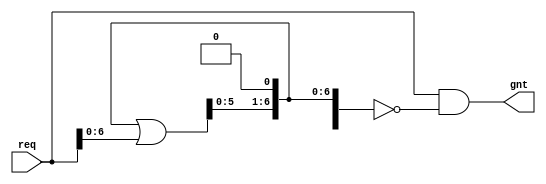

// despription  : a fixed priority arbiter
// input        : each bit of the input req is a request
// output       : a one-hot-vector wire gnt
// rules        : the lowest bit has the highest priority

module Arbiter_Fixed_priority 
#(
  parameter REQ_WIDTH = 8
)
(
  input   [REQ_WIDTH-1:0] req,
  output  [REQ_WIDTH-1:0] gnt
);

wire [REQ_WIDTH-1:0] pre_req;

// this makes a mask: the bits higher than the lowest bit are all 1, and others are 0
assign pre_req[0] = 1'b0;
assign pre_req[REQ_WIDTH-1:1] = pre_req[REQ_WIDTH-2:0] | req[REQ_WIDTH-2:0];
assign gnt = req & ~pre_req;

endmodule


// instantiation
/*  

Arbiter_Fixed_priority 
#(
  .REQ_WIDTH(8)
)
Arbiter_Fixed_priority_inst
(
  .req(req),
  .gnt(gnt)
);

*/


// another implementation
/*

assign gnt = req & ~(req-1);

// ~(req-1) is the complement of req
// a data AND with its complement get the lowest bit in a one-hot-vector

*/